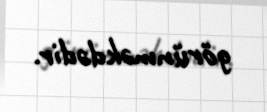
görünməkdədir.